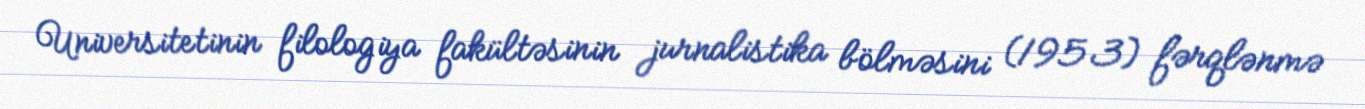
Universitetinin filologiya fakültəsinin jurnalistika bölməsini (1953) fərqlənmə